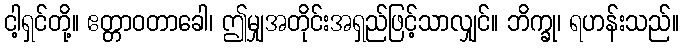
ငါ့ရှင်တို့။ ဧတ္တာဝတာခေါ၊ ဤမျှအတိုင်းအရှည်ဖြင့်သာလျှင်။ ဘိက္ခု၊ ရဟန်းသည်။